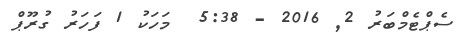
ސެޕްޓެމްބަރު 2